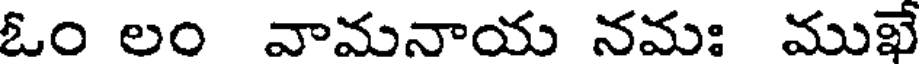
ఓం లం వామనాయ నమః ముఖే